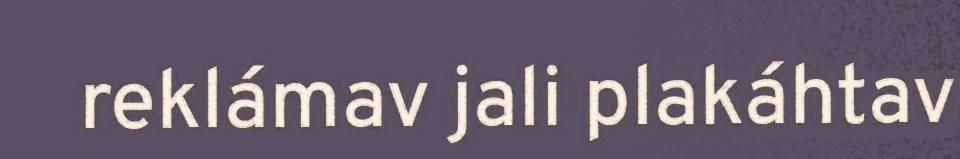
reklámav jali plakáhtav